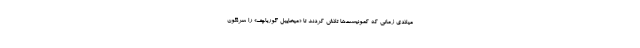
میلادی زمانی که کمونیست‌ها تلاش کردند تا «میخاییل گورباچف» را سرنگون